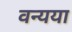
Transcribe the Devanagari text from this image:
वन्यया